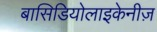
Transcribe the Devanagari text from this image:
बासिडियोलाइकेनीज़